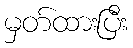
မှတ်ထားပြီး